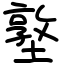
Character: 墪